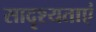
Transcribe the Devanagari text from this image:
सादृश्यताएं